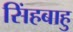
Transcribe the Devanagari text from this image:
सिंहबाहु